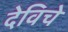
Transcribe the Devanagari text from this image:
देविचे